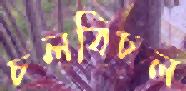
চলবিচল